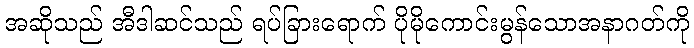
အဆိုသည် အီဒါဆင်သည် ရပ်ခြားရောက် ပိုမိုကောင်းမွန်သောအနာဂတ်ကို